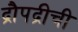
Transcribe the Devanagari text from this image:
द्रौपद्रीची